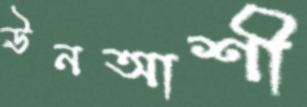
ঊনআশী